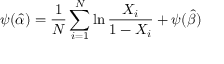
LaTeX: \psi ( { \hat { \alpha } } ) = { \frac { 1 } { N } } \sum _ { i = 1 } ^ { N } \ln { \frac { X _ { i } } { 1 - X _ { i } } } + \psi ( { \hat { \beta } } )